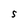
Character: S